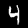
Label: 4